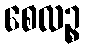
စေလဉ္စ